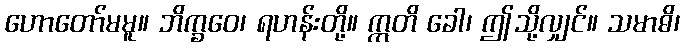
ဟောတော်မမူ။ ဘိက္ခဝေ၊ ရဟန်းတို့။ ဣတိ ခေါ၊ ဤသို့လျှင်။ သမာဓိ၊